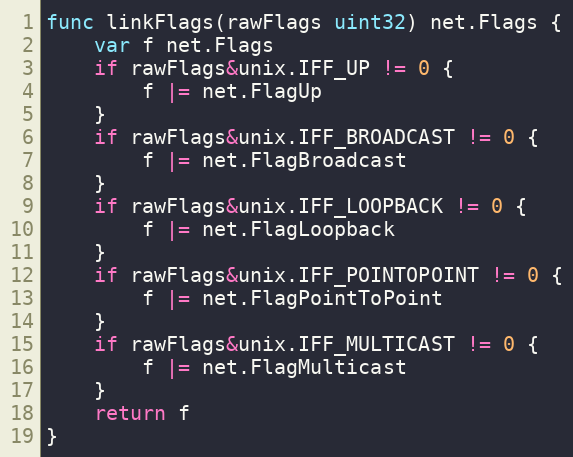
Language: Go
func linkFlags(rawFlags uint32) net.Flags {
	var f net.Flags
	if rawFlags&unix.IFF_UP != 0 {
		f |= net.FlagUp
	}
	if rawFlags&unix.IFF_BROADCAST != 0 {
		f |= net.FlagBroadcast
	}
	if rawFlags&unix.IFF_LOOPBACK != 0 {
		f |= net.FlagLoopback
	}
	if rawFlags&unix.IFF_POINTOPOINT != 0 {
		f |= net.FlagPointToPoint
	}
	if rawFlags&unix.IFF_MULTICAST != 0 {
		f |= net.FlagMulticast
	}
	return f
}